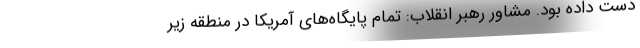
دست داده بود. مشاور رهبر انقلاب: تمام پایگاه‌های آمریکا در منطقه زیر